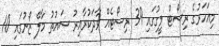
މިއަހަރުގެ ރިސޯޓް ލީގުގައި 39 ރިސޯޓެއް ވާދަކުރާއިރު ސައުތު މާލޭ ޒޯނުގައި 10